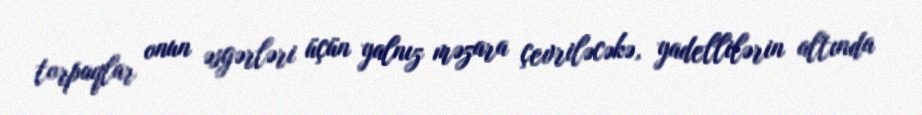
torpaqlar onun əsgərləri üçün yalnız məzara çevriləcəkə, yadellilərin altında